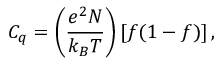
C _ { q } = \left( \frac { e ^ { 2 } N } { k _ { B } T } \right) \left[ f ( 1 - f ) \right] ,